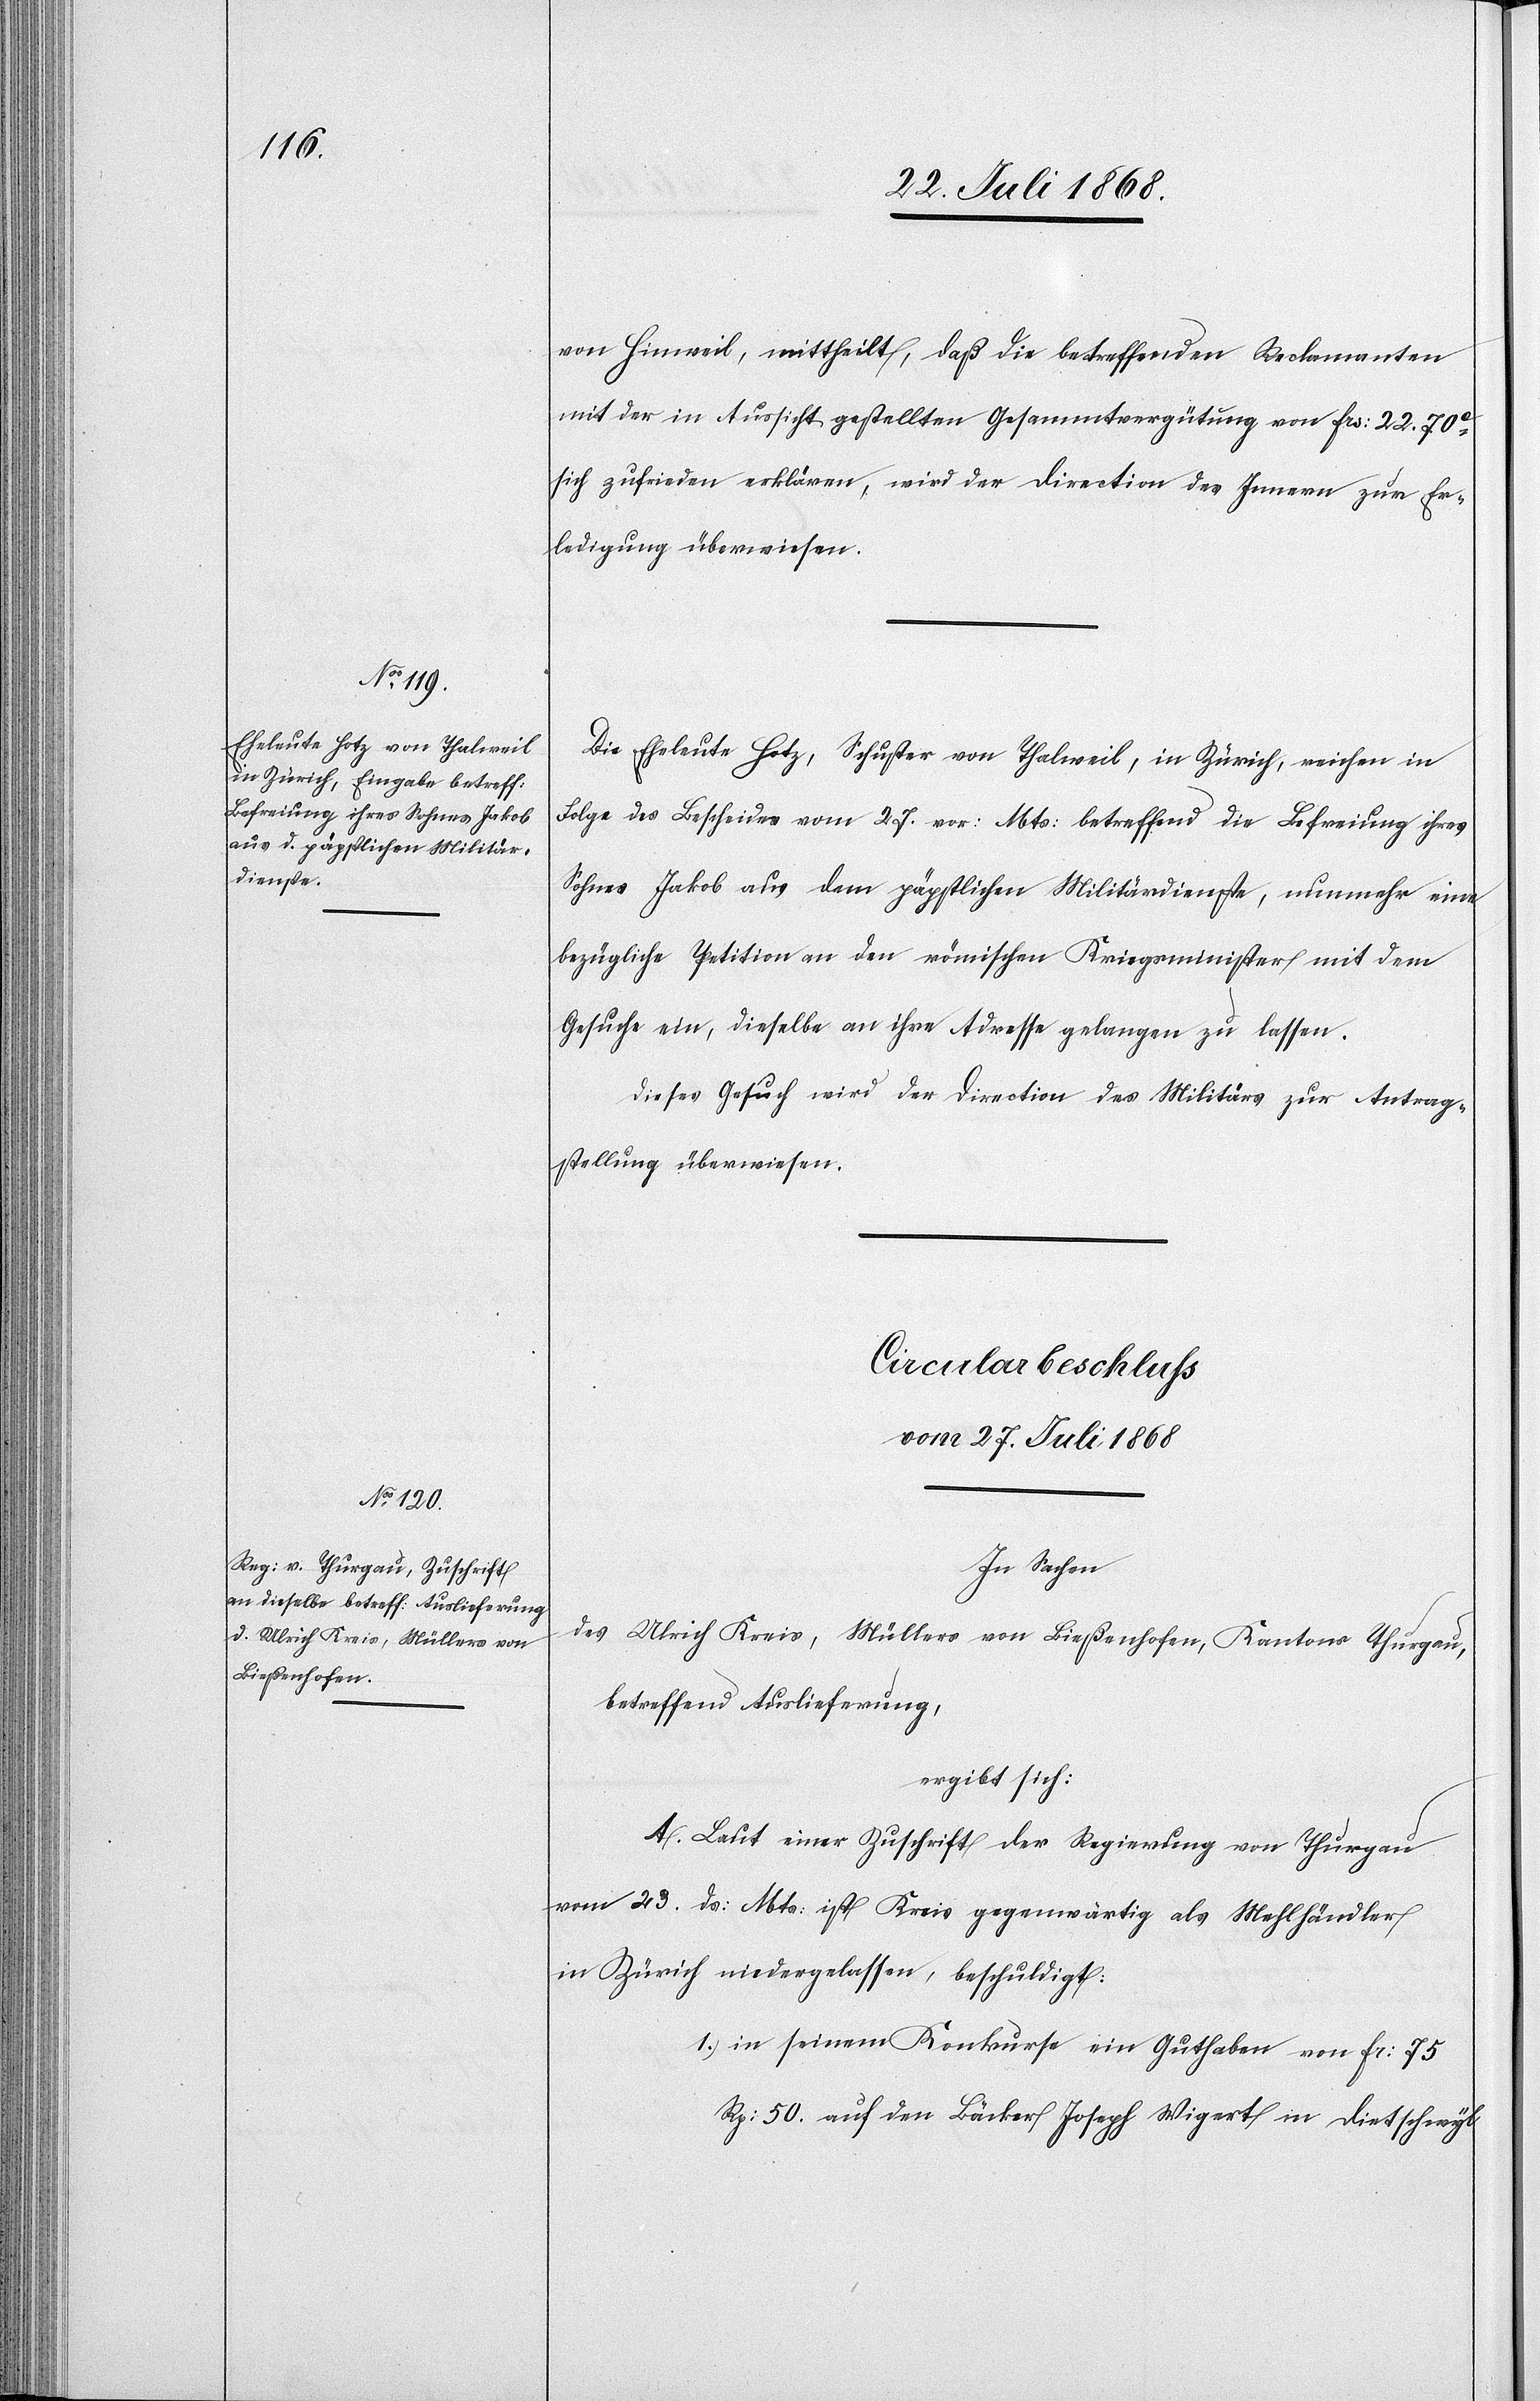
von Hinweil, mittheilt, daß die betreffenden Reclamanten
mit der in Aussicht gestellten Gesammtvergütung von Frs: 22. 70c
sich zufrieden erklären, wird der Direction des Innern zur Er¬
ledigung überwiesen.
Die Eheleute Hotz, Schuster von Thalweil, in Zürich, reichen in
Folge des Bescheides vom 27. vor: Mts: betreffend die Befreiung ihres
Sohnes Jakob aus dem päpstlichen Militärdienste, nunmehr eine
bezügliche Petition an den römischen Kriegsminister mit dem
Gesuche ein, dieselbe an ihre Adresse gelangen zu lassen.
Dieses Gesuch wird der Direction des Militärs zur Antrag¬
stellung überwiesen.
Circularbeschluss
vom 27. Juli 1868
In Sachen
des Ulrich Kreis, Müllers von Bießenhofen, Kantons Thurgau,
betreffend Auslieferung,
ergibt sich:
A. Laut einer Zuschrift der Regierung von Thurgau
vom 23. ds: Mts: ist Kreis gegenwärtig als Mehlhändler
in Zürich niedergelassen, beschuldigt:
in seinem Konkurse ein Guthaben von Fr: 75
Rp: 50. auf den Bäcker Joseph Wigert in Dietschwyl